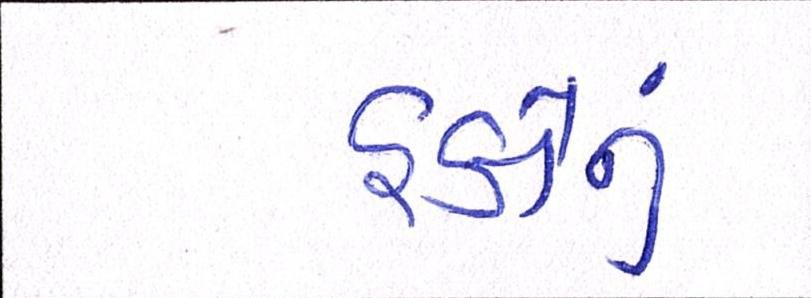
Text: હકોનું